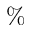
\%